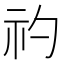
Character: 礿